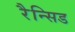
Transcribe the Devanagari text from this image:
रैन्सिड